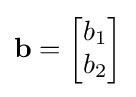
\mathbf {b} ={\begin{bmatrix}b_{1}\\b_{2}\end{bmatrix}}